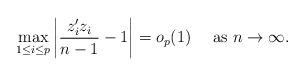
LaTeX: \begin{align*}\max_{1\le i\le p}\left|\frac{z_i'z_i}{n-1}-1\right|=o_p(1)~~~\mbox{ as }n\to\infty.\end{align*}